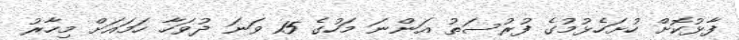
ފާޅުކޮށް ހުށަހެޅުމުގެ ފުރުސަތު އަންނަ މަހުގެ 15 ވަނަ ދުވަހާ ހަމައަށް މިހާރު